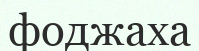
фоджаха